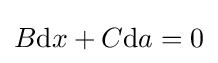
B{\text{d}}x+C{\text{d}}a=0